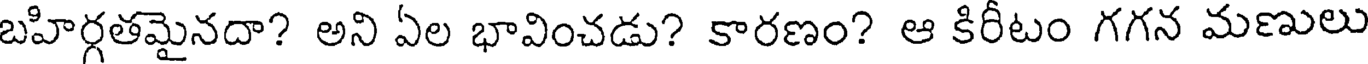
బహిర్గతమైనదా? అని ఏల భావించడు? కారణం? ఆ కిరీటం గగన మణులు